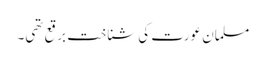
مسلمان عورت کی شناخت برقع تھی۔